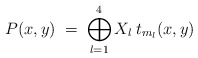
\begin{align*}P(x,y) \;=\; \bigoplus_{l=1}^4 X_l \:t_{m_l}(x,y) \end{align*}